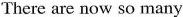
There are now so many